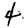
Digit: 4